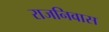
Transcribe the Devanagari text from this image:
राजनिवास